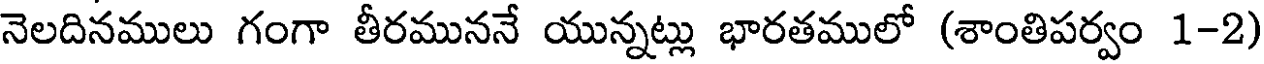
నెలదినములు గంగా తీరముననే యున్నట్లు భారతములో (శాంతిపర్వం 1-2)